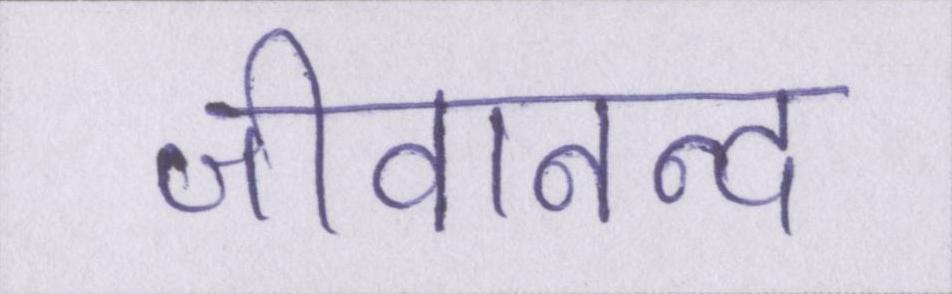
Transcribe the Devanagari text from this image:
जीवानन्द